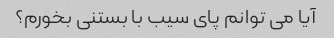
آیا می توانم پای سیب با بستنی بخورم؟